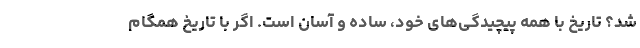
شد؟ تاریخ با همه پیچیدگی‌های خود، ساده و آسان است. اگر با تاریخ همگام